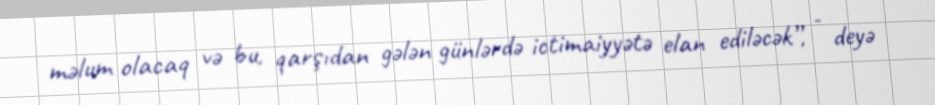
məlum olacaq və bu, qarşıdan gələn günlərdə ictimaiyyətə elan ediləcək”, - deyə